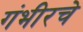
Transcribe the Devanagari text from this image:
गंभीरचे